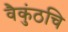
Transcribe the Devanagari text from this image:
वैकुंठचि